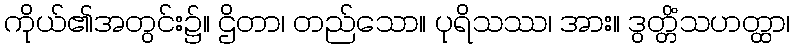
ကိုယ်၏အတွင်း၌။ ဌိတာ၊ တည်သော။ ပုရိသဿ၊ အား။ ဒွတ္တိံသဟတ္ထာ၊